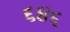
૬૪૬